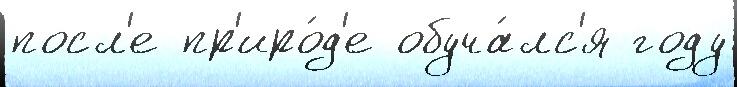
посл'е пр'иро́д'е обуча́лс'я году